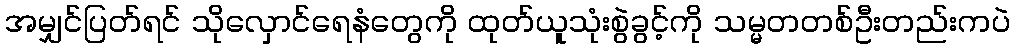
အမျှင်ပြတ်ရင် သိုလှောင်ရေနံတွေကို ထုတ်ယူသုံးစွဲခွင့်ကို သမ္မတတစ်ဦးတည်းကပဲ